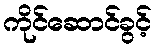
ကိုင်ဆောင်ခွင့်